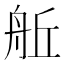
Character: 𮎈